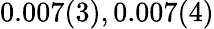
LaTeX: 0.007(3),0.007(4)